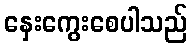
နှေးကွေးစေပါသည်